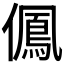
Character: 𠏵